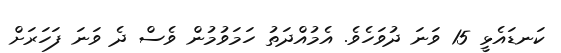
ކަނޑައެޅީ 15 ވަނަ ދުވަހެވެ. އެމުއްދަތު ހަމަވުމުން ވެސް ދެ ވަނަ ފަހަރަށް